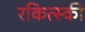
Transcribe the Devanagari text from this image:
रकित्स्की